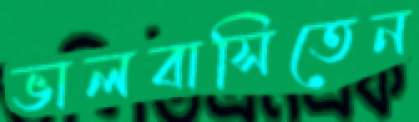
ভালবাসিতেন